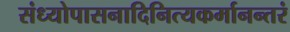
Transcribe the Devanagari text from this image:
संध्योपासनादिनित्यकर्मानन्तरं